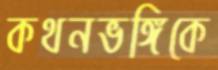
কথনভঙ্গিকে